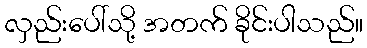
လှည်းပေါ်သို့ အတက် ခိုင်းပါသည်။